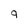
Character: 9